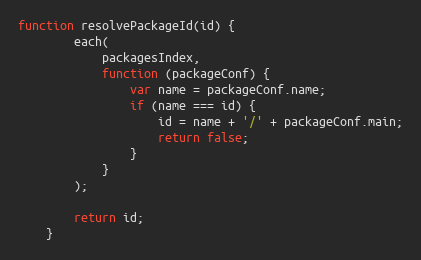
Language: JavaScript
function resolvePackageId(id) {
        each(
            packagesIndex,
            function (packageConf) {
                var name = packageConf.name;
                if (name === id) {
                    id = name + '/' + packageConf.main;
                    return false;
                }
            }
        );

        return id;
    }